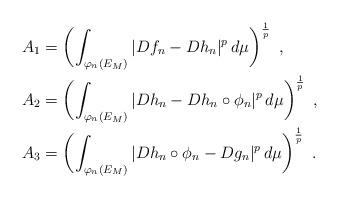
LaTeX: \begin{align*}A_1&=\left(\int_{\varphi_n(E_M)}|Df_n-Dh_n|^p\,d\mu\right)^{\frac{1}{p}} \ , \\A_2&=\left(\int_{\varphi_n(E_M)}|Dh_n-Dh_n\circ\phi_n|^p\,d\mu\right)^{\frac{1}{p}} \ ,\\A_3&=\left(\int_{\varphi_n(E_M)}|Dh_n\circ\phi_n-Dg_n|^p\,d\mu\right)^{\frac{1}{p}} \ . \end{align*}